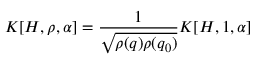
{ \cal K } [ H , \rho , \alpha ] = \frac { 1 } { \sqrt { \rho ( q ) \rho ( q _ { 0 } ) } } { \cal K } [ H , 1 , \alpha ]